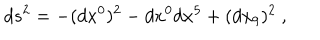
d s ^ { 2 } = - ( d x ^ { 0 } ) ^ { 2 } - d x ^ { 0 } d x ^ { 5 } + ( d x _ { 9 } ) ^ { 2 } \ ,